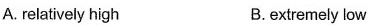
A. relatively high B.extremely low